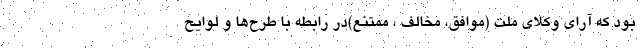
بود که آرای وکلای ملت (موافق، مخالف ، ممتنع)در رابطه با طرح‌ها و لوایح